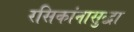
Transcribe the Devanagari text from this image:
रसिकांनासुद्धा